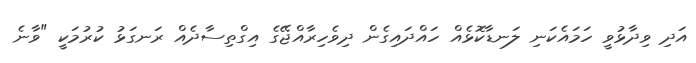
އަދި ވިދާޅުވީ ހަމައެކަނި ލަނޑާކޮޅެއް ހައްދައިގެން ދިވެހިރާއްޖޭގެ އިގްތިސާދެއް ރަނގަޅު ކުރުމަކީ "ވާނެ